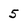
Character: 5